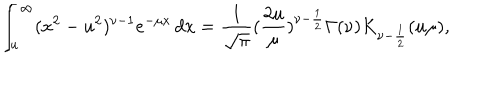
\int _ { u } ^ { \infty } ( x ^ { 2 } - u ^ { 2 } ) ^ { \nu - 1 } e ^ { - \mu x } \, d x = \frac { 1 } { \sqrt { \pi } } ( \frac { 2 u } { \mu } ) ^ { \nu - \frac { 1 } { 2 } } \Gamma ( \nu ) K _ { \nu - \frac { 1 } { 2 } } ( u \mu ) ,